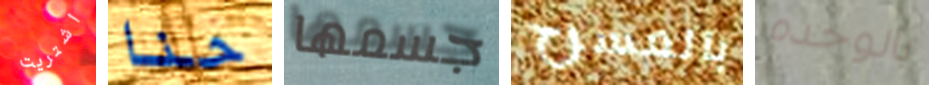
اشتريت حنا جسمها بالمسرح بالوحده